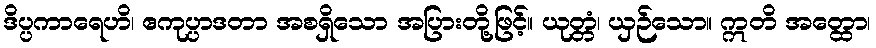
ဒိပ္ပကာရေဟိ၊ ဧကုပ္ပာဒတာ အစရှိသော အပြားတို့ဖြင့်။ ယုတ္တံ၊ ယှဉ်သော။ ဣတိ အတ္ထော၊